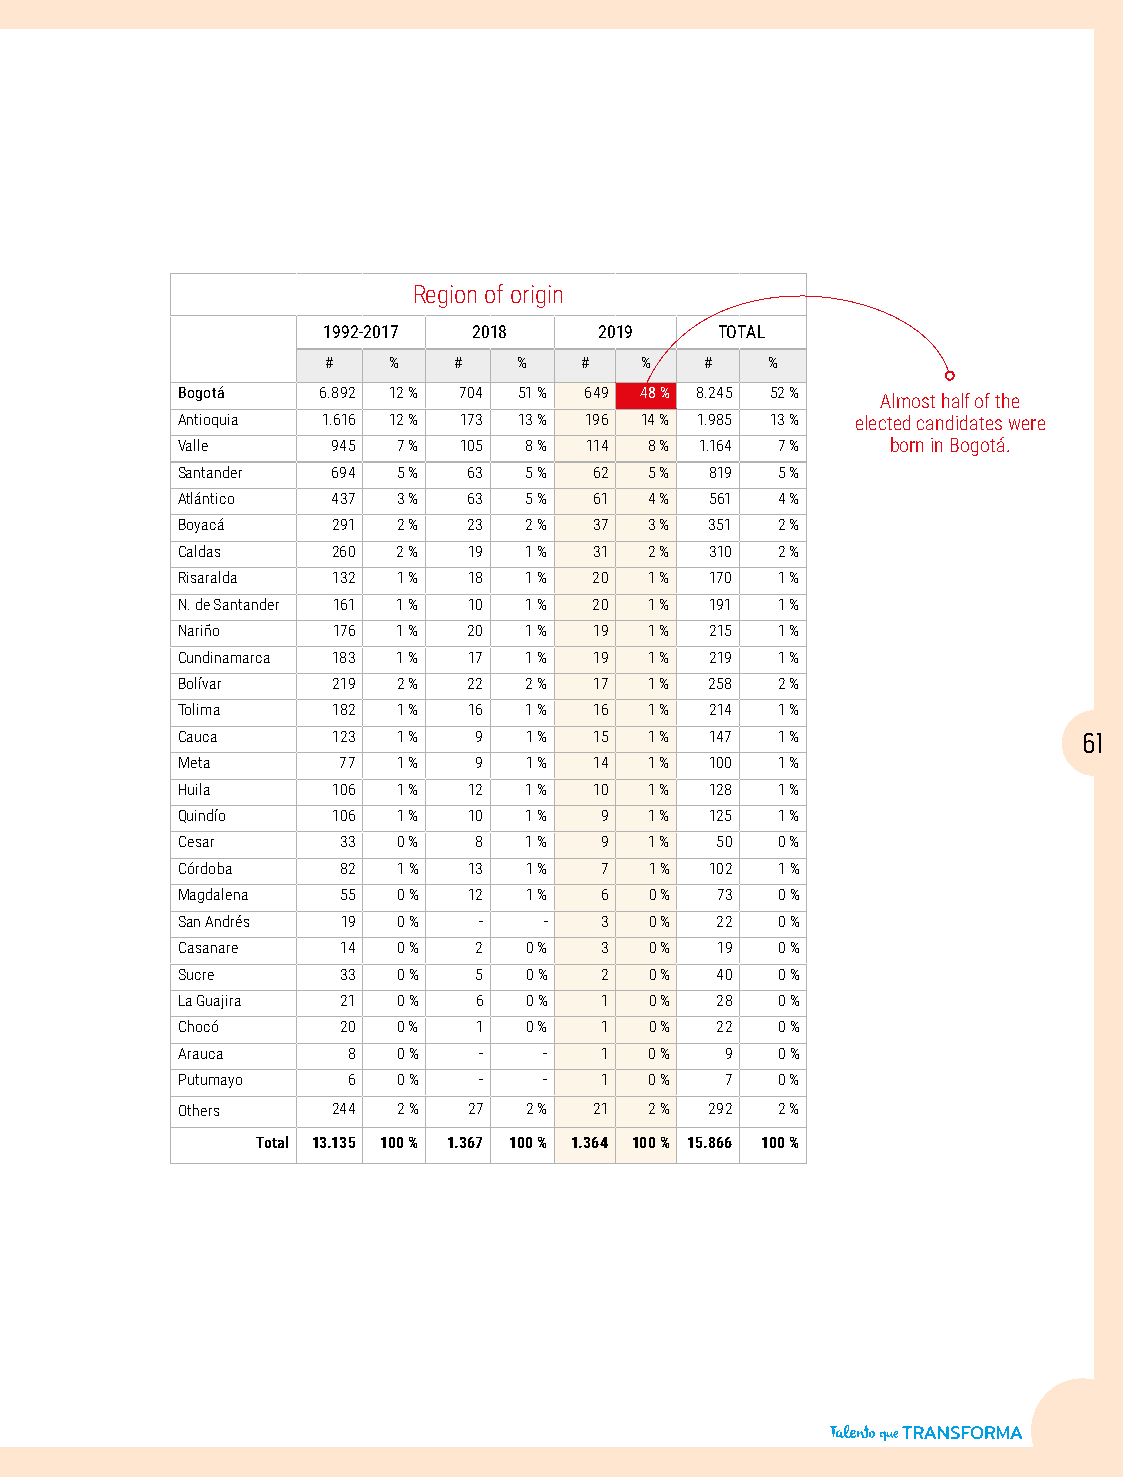
Region of origin
 1992-2017 2018     2019   TOTAL
 #   %   #   %   #   %    #   %
 Bogotá   6.892 12 % 704 51 % 649 48 % 8.245 52 %
 Almost half of the
 Antioquia 1.616 12 % 173 13 % 196 14 % 1.985 13 % elected candidates were
 Valle     945 7 % 105  8 % 114 8 % 1.164 7 %   born in Bogotá.
 Santander 694 5 %  63  5 % 62  5 % 819 5 %
 Atlántico 437 3 %  63  5 % 61  4 % 561 4 %
 Boyacá    291 2 %  23  2 % 37  3 % 351 2 %
 Caldas    260 2 %  19  1 % 31  2 % 310 2 %
 Risaralda 132 1 %  18  1 % 20  1 % 170 1 %
 N. de Santander 161 1 % 10 1 % 20 1 % 191 1 %
 Nariño    176 1 %  20  1 % 19  1 % 215 1 %
 Cundinamarca 183 1 % 17 1 % 19 1 % 219 1 %
 Bolívar   219 2 %  22  2 % 17  1 % 258 2 %
 Tolima    182 1 %  16  1 % 16  1 % 214 1 %
 Cauca     123 1 %  9   1 % 15  1 % 147 1 %                  61
 Meta      77  1 %  9   1 % 14  1 % 100 1 %
 Huila     106 1 %  12  1 % 10  1 % 128 1 %
 Quindío   106 1 %  10  1 %  9  1 % 125 1 %
 Cesar     33  0 %  8   1 %  9  1 % 50  0 %
 Córdoba   82  1 %  13  1 %  7  1 % 102 1 %
 Magdalena 55  0 %  12  1 %  6  0 % 73  0 %
 San Andrés 19 0 %   -   -   3  0 % 22  0 %
 Casanare   14 0 %  2   0 %  3  0 % 19  0 %
 Sucre     33  0 %  5   0 %  2  0 % 40  0 %
 La Guajira 21 0 %  6   0 %  1  0 % 28  0 %
 Chocó     20  0 %  1   0 %  1  0 % 22  0 %
 Arauca     8  0 %   -   -   1  0 %  9  0 %
 Putumayo   6  0 %   -   -   1  0 %  7  0 %
 Others    244 2 %  27  2 % 21  2 % 292 2 %
 Total 13.135 100 % 1.367 100 % 1.364 100 % 15.866 100 %